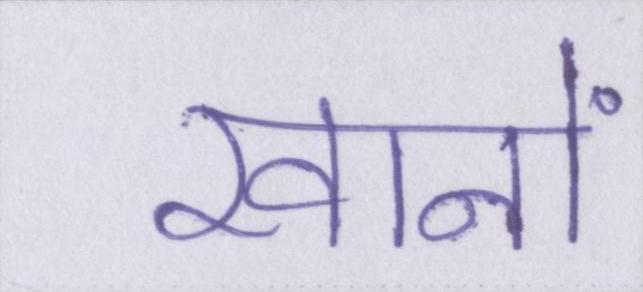
खानों